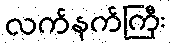
လက်နက်ကြီး